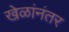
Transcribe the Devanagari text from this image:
खेळांनंतर